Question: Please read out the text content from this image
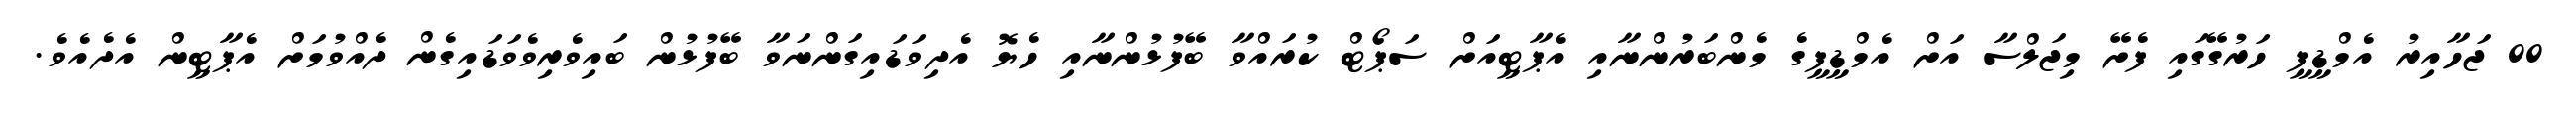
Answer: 00 ޖަހާއިރު އެމްޑީޕީ ހަރުގޭގައި ފެށޭ މިޖަލްސާ އަށް އެމްޑީޕީގެ މެންބަރުންނާއި އެޕާޓީއަށް ސަޕޯޓް ކުރައްވާ ބޭފުޅުންނާއި ހެޔޮ އެދިވަޑައިގަންނަވާ ބޭފުޅުން ބައިވެރިވެވަޑައިގެން ދެއްވުމަށް އެޕާޓީން އެދެއެވެ.